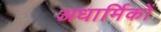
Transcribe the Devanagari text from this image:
अधार्मिकों